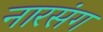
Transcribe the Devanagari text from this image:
नारसंग